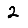
Digit: 2